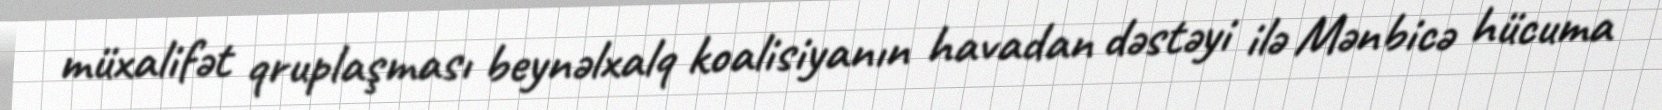
müxalifət qruplaşması beynəlxalq koalisiyanın havadan dəstəyi ilə Mənbicə hücuma